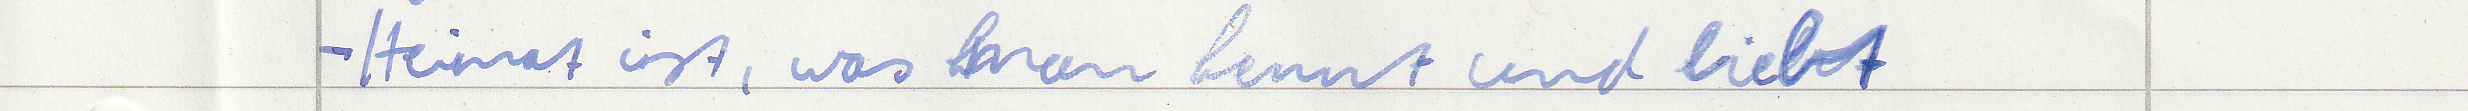
- Heimat ist, was man kennt und liebt